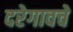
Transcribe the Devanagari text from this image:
दरेगावचे